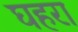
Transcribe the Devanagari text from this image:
घहरा